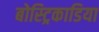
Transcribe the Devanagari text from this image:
बोस्ट्रिकाडिया